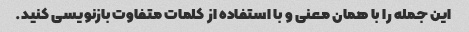
این جمله را با همان معنی و با استفاده از کلمات متفاوت بازنویسی کنید.